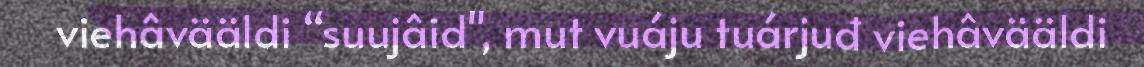
viehâvääldi “suujâid", mut vuáju tuárjuđ viehâvääldi